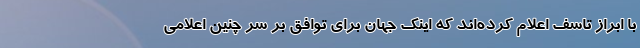
با ابراز تاسف اعلام کرده‌اند که اینک جهان برای توافق بر سر چنین اعلامی